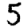
Digit: 5